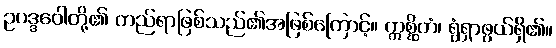
ဥပဒ္ဒဝေါတို့၏ တည်ရာဖြစ်သည်၏အဖြစ်ကြောင့်။ ဣစ္ဆိတံ၊ ရွံရှာဖွယ်ရှိ၏။